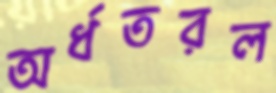
অর্ধতরল